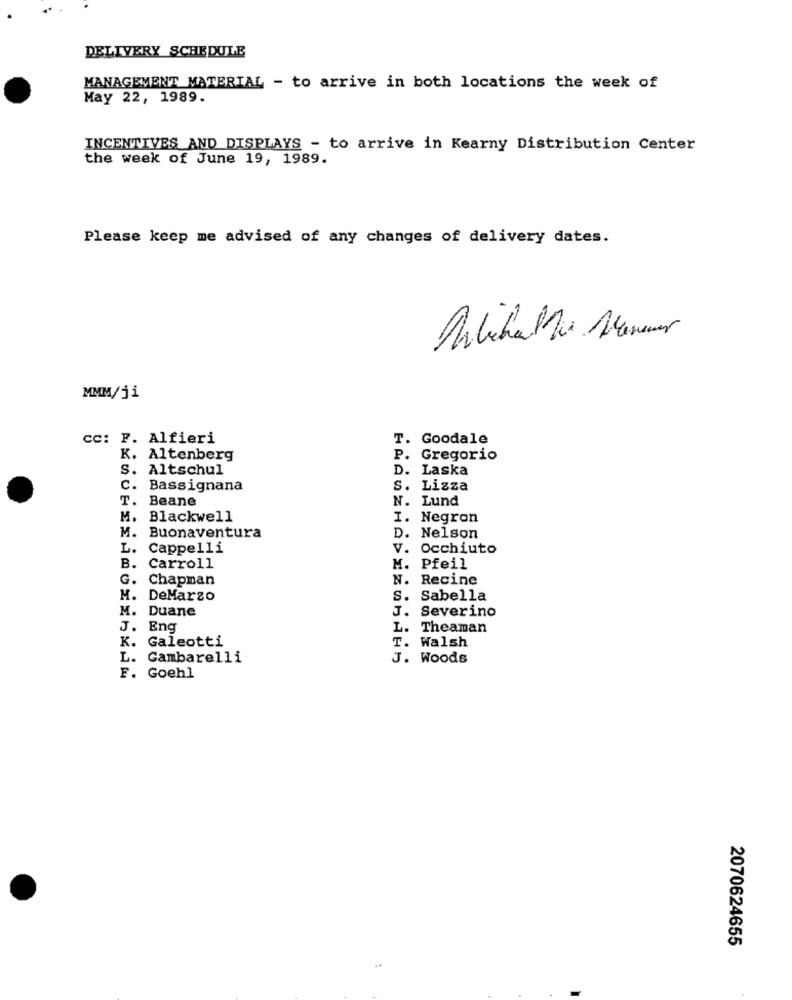
DELIVERY SCHEDULE
MANAGEMENT MATERIAL - to arrive in both locations the week of
May 22, 1989.
INCENTIVES AND DISPLAYS - to arrive in Kearny Distribution Center
the week of June 19, 1989.
Please keep me advised of any changes of delivery dates.
MMM/ji
cc: F. Alfieri
T. Goodale
K. Altenberg
P. Gregorio
S.
Altschul
D. Laska
C.
Bassignana
S. Lizza
T.
Beane
N. Lund
M.
Blackwell
I. Negron
M.
Buonaventura
D.
Nelson
L.
Cappelli
V. Occhiuto
B.
Carroll
M. Pfeil
G.
Chapman
N. Recine
M. DeMarzo
S. Sabella
M. Duane
J. Severino
J. Eng
L. Theaman
K. Galeotti
T. Walsh
L. Gambarelli
J. Woods
F. Goehl
2070624655